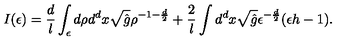
I ( \epsilon ) = \frac { d } l \int _ { \epsilon } d \rho d ^ { d } x \sqrt { \hat { g } } \rho ^ { - 1 - \frac { d } 2 } + \frac 2 l \int d ^ { d } x \sqrt { \hat { g } } \epsilon ^ { - \frac { d } 2 } ( \epsilon h - 1 ) .